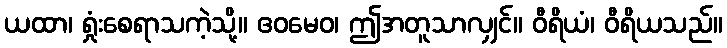
ယထာ၊ ရှုံးစေရာသကဲ့သို့။ ဧဝမေဝ၊ ဤအတူသာလျှင်။ ဝီရိယံ၊ ဝီရိယသည်။